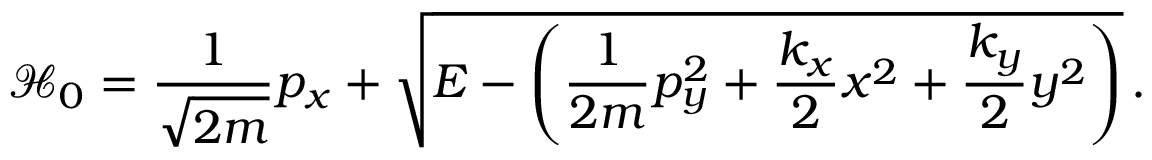
\mathcal { H } _ { 0 } = \frac { 1 } { \sqrt { 2 m } } p _ { x } + \sqrt { E - \left( \frac { 1 } { 2 m } p _ { y } ^ { 2 } + \frac { k _ { x } } { 2 } x ^ { 2 } + \frac { k _ { y } } { 2 } y ^ { 2 } \right) } \, .